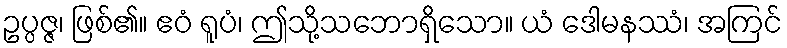
ဥပ္ပဇ္ဇ၊ ဖြစ်၏။ ဧဝံ ရူပံ၊ ဤသို့သဘောရှိသော။ ယံ ဒေါမနဿံ၊ အကြင်